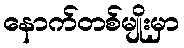
နောက်တစ်မျိုးမှာ